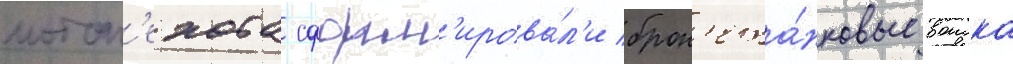
мотоп'ехота сформ'ирова́л'и брон'ета́нковые воиска